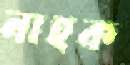
নাহক